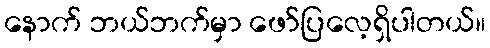
နောက် ဘယ်ဘက်မှာ ဖော်ပြလေ့ရှိပါတယ်။